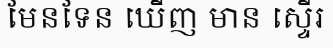
មែនទែន ឃើញ មាន ស្ទើរ